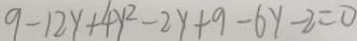
9 - 1 2 y + 4 y ^ { 2 } - 2 y + 9 - 6 y - 2 = 0